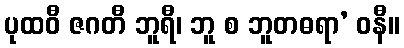
ပုထဝီ ဇဂတီ ဘူရီ၊ ဘူ စ ဘူတဓရာ’ ဝနီ။